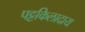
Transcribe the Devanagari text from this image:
पट्टकिलादाय